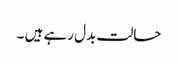
حالت بدل رہے ہیں ۔